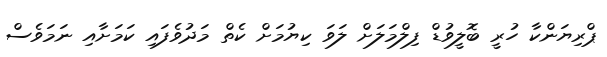
ޕްރިޔަންކާ ހުރީ ބޮލީވުޑް ފިލްމަލަށް ލަވަ ކިޔުމަށް ކެތް މަދުވެފައި ކަމަށާއި ނަމަވެސް